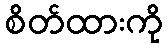
စိတ်ထားကို